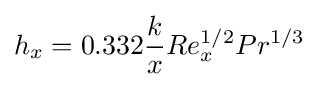
h_{x}=0.332{k \over x}Re_{x}^{1/2}Pr^{1/3}